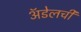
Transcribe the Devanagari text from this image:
अॅडेलची